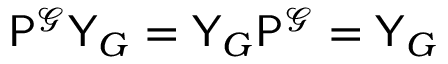
\mathsf { P } ^ { \mathcal { G } } \mathsf { Y } _ { G } = \mathsf { Y } _ { G } \mathsf { P } ^ { \mathcal { G } } = \mathsf { Y } _ { G }